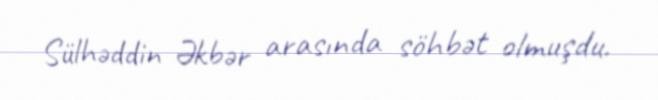
Sülhəddin Əkbər arasında söhbət olmuşdu.